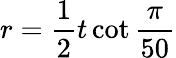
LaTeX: r={\frac{1}{2}}t\cot{\frac{\pi}{50}}